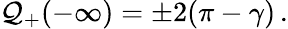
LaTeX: {\cal Q}_{+}(-\infty)=\pm 2(\pi-\gamma)\, .